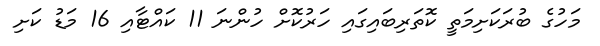
މަހުގެ ބުރަކަށިމަތީ ކޮތަރިބައިގައި ހަރުކޮށް ހުންނަ 11 ކައްޓާއި 16 މަޑު ކަށި